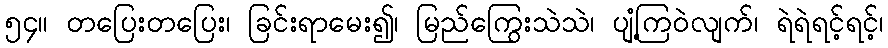
၅၄။ တပြေးတပြေး၊ ခြင်းရာမေး၍၊ မြည်ကြွေးသဲသဲ၊ ပျံ့ကြဝဲလျက်၊ ရဲရဲရင့်ရင့်၊